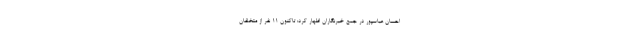
احسان عباسپور در جمع خبرنگاران اظهار کرد: تاکنون ۱۱ نفر از متخلفان